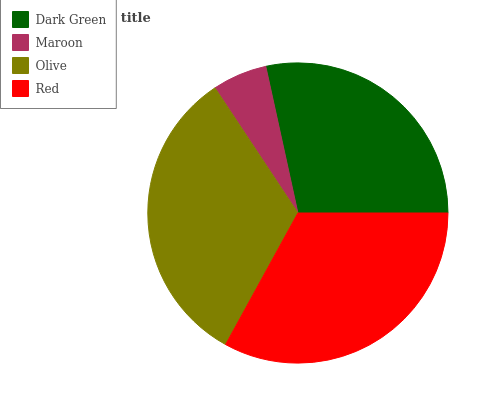
| Dark Green | Maroon | Olive | Red |
 | --- | --- | --- | --- |
 | 28.5% | 5.89% | 32.6% | 33% |